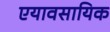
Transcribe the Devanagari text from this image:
एयावसायिक